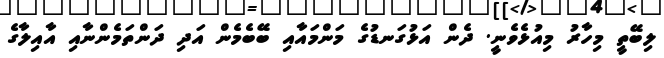
ލިބޭތީ މިހާރު މިއުޅެވެނީ. ދެން އަޅުގަނޑުގެ މަންމައާއި ބޭބެމެން އަދި ދަންތަމެންނާއި އާއިލާގެ